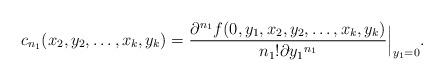
LaTeX: \begin{align*}c_{n_1}(x_2,y_2,\ldots,x_k,y_k)=\frac{\partial^{n_1} f(0,y_1,x_2,y_2,\ldots,x_k,y_k)}{ n_1! \partial {y_1}^{n_1}} \Big|_{y_1=0}.\end{align*}